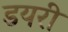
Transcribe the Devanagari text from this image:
डयरी